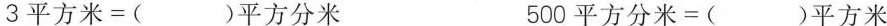
3平方米=( )平方分米 500平方分米=()平方米